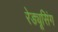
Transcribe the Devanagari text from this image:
रेड्यूसिंग